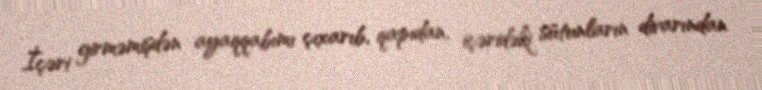
İçəri girməmişdən ayaqqabımı çıxarıb, qapıdan, içəridəki sütunların divarından